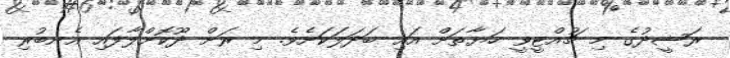
ރަޝީދުގެ މި ޗުއްޓީވީ ހަޔާތަށް އައި ބަދަލަކަށެވެ. މި ރަށް ދޫކޮށްލާފައި އެނބުރި